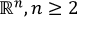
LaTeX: \mathbb { R } ^ { n } , n \geq 2